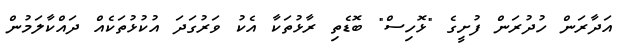
އަދާރަން ހުދުރަން ފުށީގެ "ޅޮހިސް" ބޮޑެތި ރާޅުތަކާ އެކު ވަރުގަދަ އުކުޅުތަކެއް ދައްކާލަމުން